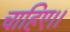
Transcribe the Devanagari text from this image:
चाहिए।।